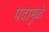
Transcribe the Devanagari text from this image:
पदामुळे